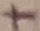
Text: +